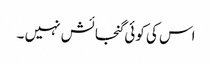
اس کی کوئی گنجائش نہیں ۔